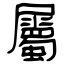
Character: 屬